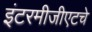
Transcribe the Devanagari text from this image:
इंटरमीजीएटचे